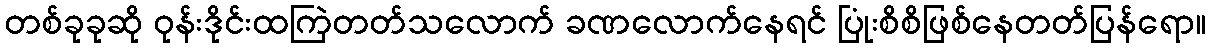
တစ်ခုခုဆို ဝုန်းဒိုင်းထကြဲတတ်သလောက် ခဏလောက်နေရင် ပြုံးစိစိဖြစ်နေတတ်ပြန်ရော။